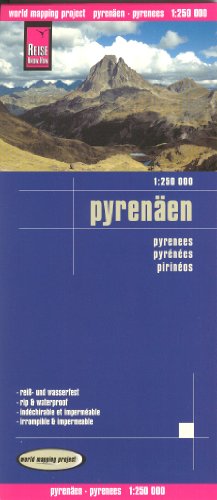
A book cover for Pyrenees (France, Spain) & Andorra 1:250,000 Travel Map, waterproof, GPS-compatible, REISE; Reise KnowHow; Travel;